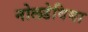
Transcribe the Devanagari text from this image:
नोलडेविया